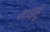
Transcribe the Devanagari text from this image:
ताइहू